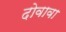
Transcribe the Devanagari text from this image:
दोवावा